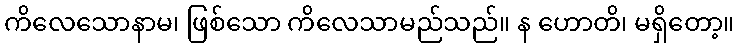
ကိလေသောနာမ၊ ဖြစ်သော ကိလေသာမည်သည်။ န ဟောတိ၊ မရှိတော့။